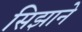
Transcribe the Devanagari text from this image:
सिझाने